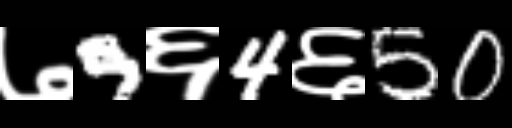
Text: ७9६4६50